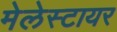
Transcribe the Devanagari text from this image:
मेलेस्टायर